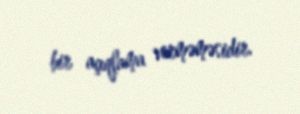
bir açıqlama verməməsidir.